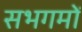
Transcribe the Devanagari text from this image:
सभगमों